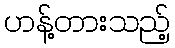
ဟန့်တားသည့်